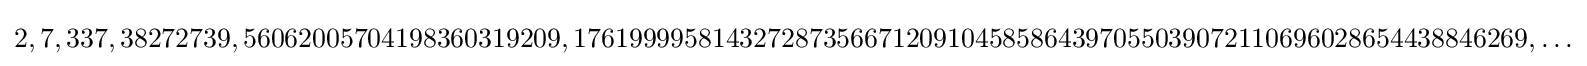
2,7,337,38272739,56062005704198360319209,176199995814327287356671209104585864397055039072110696028654438846269,\ldots